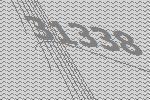
31338